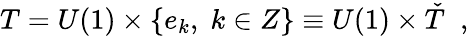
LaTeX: T=U(1)\times\{ e_{k},\; k\in Z\} \equiv U(1)\times\check{T}\; \; ,